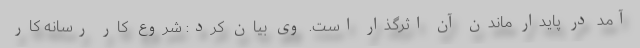
آمد در پایدار ماندن آن اثرگذار است. وی بیان کرد: شروع کار رسانه کار